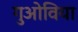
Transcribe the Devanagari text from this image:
गुओविया